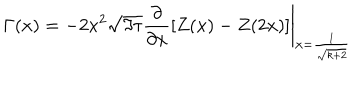
\Gamma ( x ) = \left. - 2 x ^ { 2 } \sqrt { \Im \tau } \frac { \partial } { \partial x } \left[ Z ( x ) - Z ( 2 x ) \right] \right| _ { x = \frac { 1 } { \sqrt { k + 2 } } }